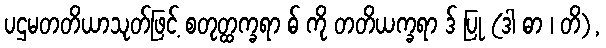
ပဌမတတိယာသုတ်ဖြင့် စတုတ္ထက္ခရာ ဓ် ကို တတိယက္ခရာ ဒ် ပြု (ဒါ ဓာ ၊ တိ),